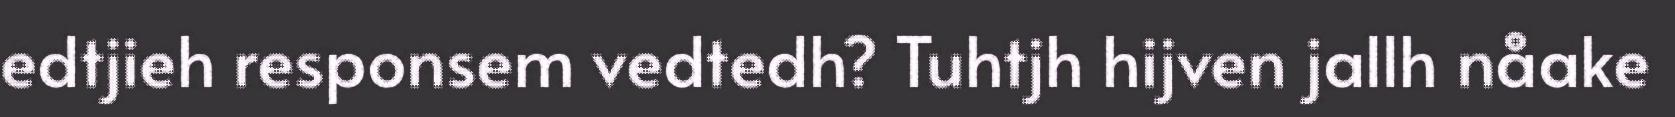
edtjieh responsem vedtedh? Tuhtjh hijven jallh nåake